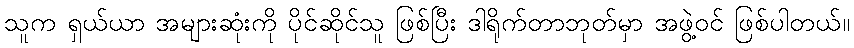
သူက ရှယ်ယာ အများဆုံးကို ပိုင်ဆိုင်သူ ဖြစ်ပြီး ဒါရိုက်တာဘုတ်မှာ အဖွဲ့ဝင် ဖြစ်ပါတယ်။